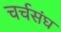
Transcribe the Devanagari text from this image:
चर्चसंघ